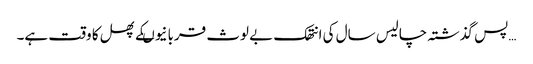
…پس گذشتہ چالیس سال کی انتھک بے لوث قربانیوںکے پھل کا وقت ہے۔